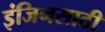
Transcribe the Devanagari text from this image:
इंजिनसाठी